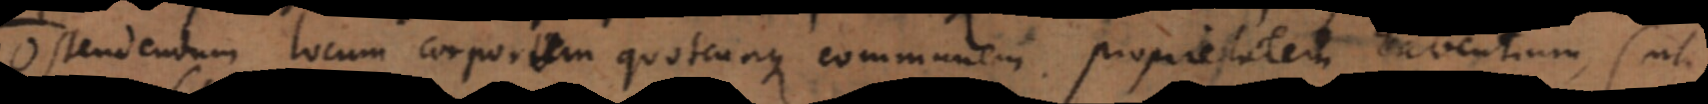
Ostendendum locum corporum quotcunque communem proprietatem habentium (ut